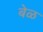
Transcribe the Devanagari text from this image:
बेळ